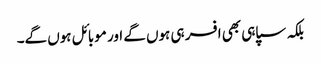
بلکہ سپاہی بھی افسر ہی ہوں گے اور موبائل ہوں گے۔